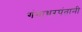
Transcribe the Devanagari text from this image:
गंगाधरपंतानी